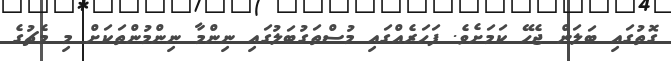
ގޮތުގައި ބަލަން ޖެހޭ ކަމަށެވެ. ފަހަރެއްގައި މުސްތަގުބަލުގައި ނިންމާ ނިންމުންތަކަށް މި މެޗުގެ